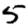
Digit: 5